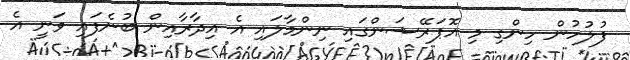
ފުލުހުން ހިންގި މި އޮޕަރޭޝަންގައި ނިންމާލައި އެ އިދާރާއިން ބުނެފައި ވަނީ އެ